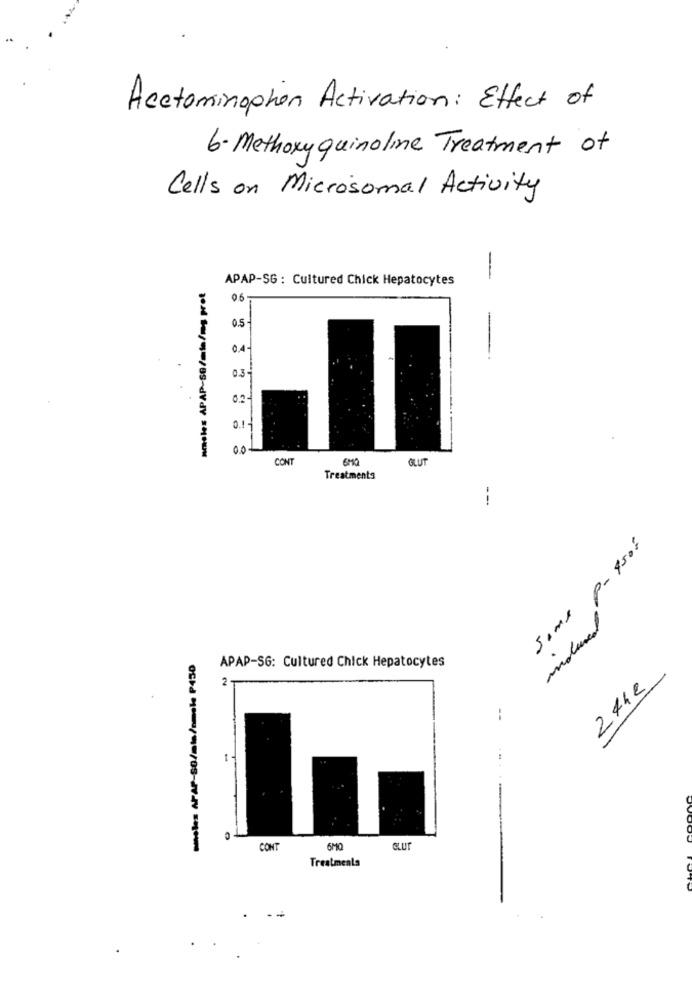
Acetaminophen Activation: Effect of
6. Methoxy quinoline Treatment of
Cells on Microsomal Activity
APAP-SG : Cultured Chick Hepatocytes
--
mmeles APAP-50/min/ms prot
0.6-
-
0.4
-
0.3
0.2-
0 .!-
0.01
CONT
GLUT
Treatments
--
Some p- 45of
moura
APAP-SG: Cultured Chick Hepatocytes
2
2442
--
1
CONT
6MQ
Treatmeals